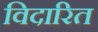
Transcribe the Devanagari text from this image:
विदारित